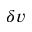
\boldsymbol { \delta v }